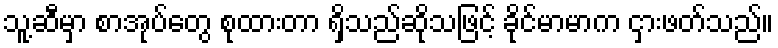
သူ့ဆီမှာ စာအုပ်တွေ စုထားတာ ရှိသည်ဆိုသဖြင့် ခိုင်မာမာက ငှားဖတ်သည်။